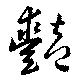
豔